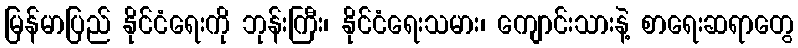
မြန်မာပြည် နိုင်ငံရေးကို ဘုန်းကြီး၊ နိုင်ငံရေးသမား၊ ကျောင်းသားနဲ့ စာရေးဆရာတွေ